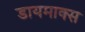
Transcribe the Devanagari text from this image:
डायमाक्स